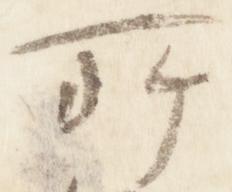
所